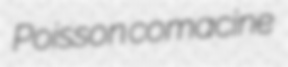
Poisson comacine